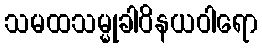
သမထသမ္မုခါဝိနယဝါရော